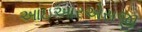
આઇઆરએસજી